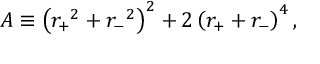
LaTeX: A \equiv \left( { r _ { + } } ^ { 2 } + { r _ { - } } ^ { 2 } \right) ^ { 2 } + 2 \left( r _ { + } + r _ { - } \right) ^ { 4 } ,